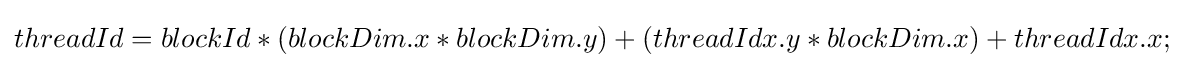
threadId=blockId*(blockDim.x*blockDim.y)+(threadIdx.y*blockDim.x)+threadIdx.x;